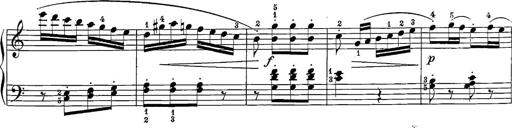
Title: 12 Sonatine per Pianoforte
Composer: Friedrich Kuhlau